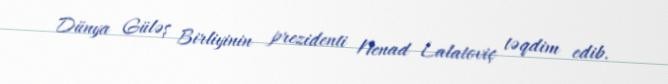
Dünya Güləş Birliyinin prezidenti Nenad Lalatoviç təqdim edib.